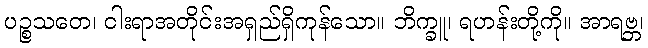
ပဉ္စသတေ၊ ငါးရာအတိုင်းအရှည်ရှိကုန်သော။ ဘိက္ခူ၊ ရဟန်းတို့ကို။ အာရဗ္ဘ၊